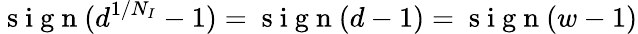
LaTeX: \mathrm{~s~i~g~n~}(d^{1/N_{I}}-1)=\mathrm{~s~i~g~n~}(d-1)=\mathrm{~s~i~g~n~}(w-1)